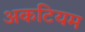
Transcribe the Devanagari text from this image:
अकटियम